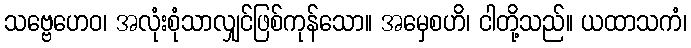
သဗ္ဗေဟေဝ၊ အလုံးစုံသာလျှင်ဖြစ်ကုန်သော။ အမှေစဟိ၊ ငါတို့သည်။ ယထာသကံ၊